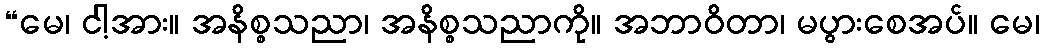
“မေ၊ ငါ့အား။ အနိစ္စသညာ၊ အနိစ္စသညာကို။ အဘာဝိတာ၊ မပွားစေအပ်။ မေ၊